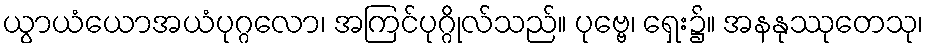
ယွာယံယောအယံပုဂ္ဂလော၊ အကြင်ပုဂ္ဂိုလ်သည်။ ပုဗ္ဗေ၊ ရှေး၌။ အနနုဿုတေသု၊